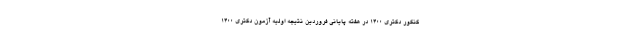
کنکور دکتری ۱۴۰۰ در هفته پایانی فروردین نتیجه اولیه آزمون دکتری ۱۴۰۰